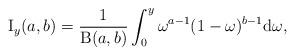
LaTeX: \begin{align*}\operatorname{I}_{y}(a,b) = \frac{1}{\operatorname{B}(a,b)}\int^{y}_{0} \omega^{a-1}(1-\omega)^{b-1}\mathrm{d}\omega,\end{align*}